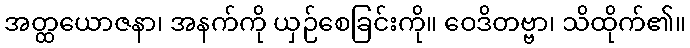
အတ္ထယောဇနာ၊ အနက်ကို ယှဉ်စေခြင်းကို။ ဝေဒိတဗ္ဗာ၊ သိထိုက်၏။